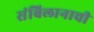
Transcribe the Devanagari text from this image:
संबिलानाची